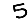
Digit: 5